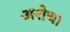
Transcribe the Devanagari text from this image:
अरोचा